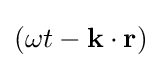
(\omega t-{\textbf {k}}\cdot {\textbf {r}})